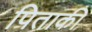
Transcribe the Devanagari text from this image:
पिताकी